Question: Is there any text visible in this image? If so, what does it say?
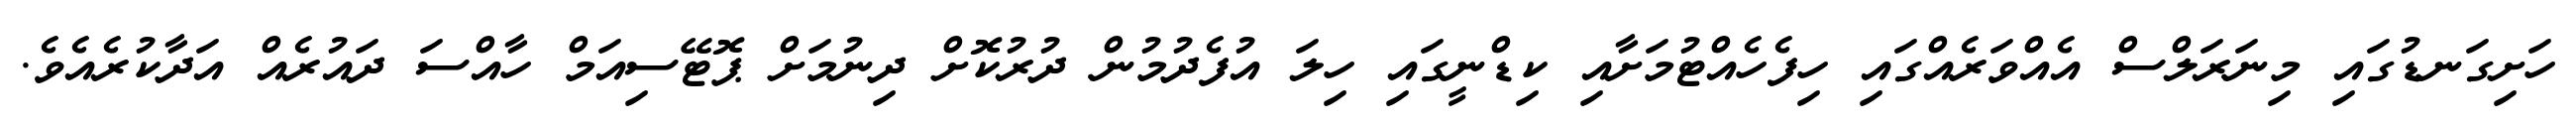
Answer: ހަށިގަނޑުގައި މިނަރަލްސް އެއްވަރެއްގައި ހިފެހެއްޓުމަށާއި ކިޑްނީގައި ހިލަ އުފެދުމުން ދުރުކޮށް ދިނުމަށް ޕޮޓޭސިއަމް ހާއްސަ ދައުރެއް އަދާކުރެއެވެ.